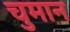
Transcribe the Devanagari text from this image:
चुमान